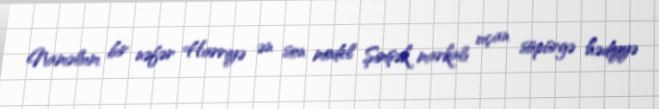
Naməlum bir nəfər Harriyə ən son model Şimşək markalı uçan süpürgə hədiyyə